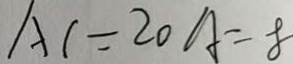
A C = 2 0 A = 8